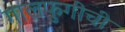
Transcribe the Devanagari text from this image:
गालफुगीची